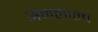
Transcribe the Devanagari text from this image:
अंमलातच